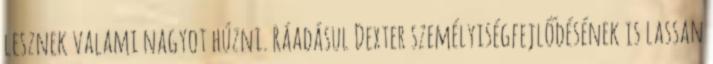
lesznek valami nagyot húzni. Ráadásul Dexter személyiségfejlődésének is lassan